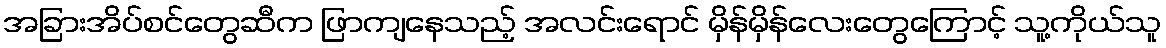
အခြားအိပ်စင်တွေဆီက ဖြာကျနေသည့် အလင်းရောင် မှိန်မှိန်လေးတွေကြောင့် သူ့ကိုယ်သူ